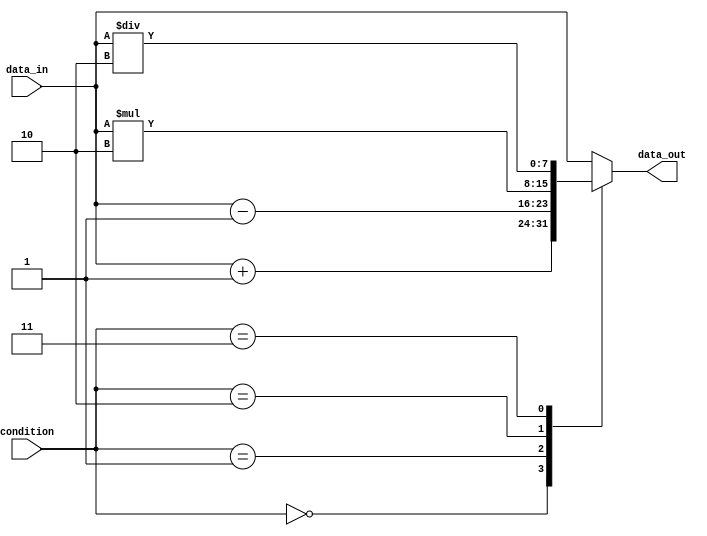
module X_based_case_statement (
    input wire [2:0] condition,
    input wire [7:0] data_in,
    output reg [7:0] data_out
);

always @* begin
    case (condition)
        3'b000: data_out = data_in + 8'h01; // Case 000
        3'b001: data_out = data_in - 8'h01; // Case 001
        3'b010: data_out = data_in * 8'h02; // Case 010
        3'b011: data_out = data_in / 8'h02; // Case 011
        default: data_out = data_in; // Default case
    endcase
end

endmodule